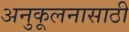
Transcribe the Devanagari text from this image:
अनुकूलनासाठी